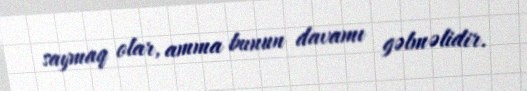
saymaq olar, amma bunun davamı gəlməlidir.